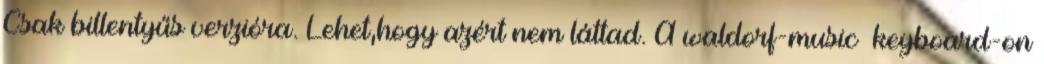
Csak billentyűs verzióra. Lehet,hogy azért nem láttad. A waldorf-music keyboard-on